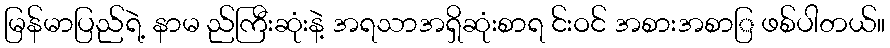
မြန်မာပြည်ရဲ့ နာမ ည်ကြီးဆုံးနဲ့ အရသာအရှိဆုံးစာရ င်းဝင် အစားအစာြ ဖစ်ပါတယ်။